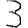
Digit: 3